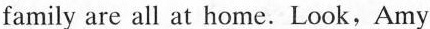
family are all at home. Look, Amy